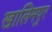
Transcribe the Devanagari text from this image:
खालिमपुर